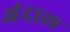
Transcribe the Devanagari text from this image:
अंदाल